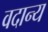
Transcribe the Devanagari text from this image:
वदान्य